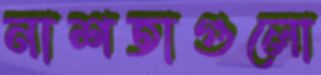
নাশতাগুলো